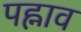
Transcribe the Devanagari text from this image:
पह्नाव